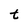
Character: t